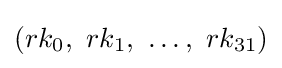
(rk_{0},\ rk_{1},\ \ldots ,\ rk_{31})